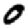
Digit: 0